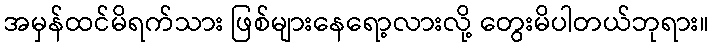
အမှန်ထင်မိရက်သား ဖြစ်များနေရော့လားလို့ တွေးမိပါတယ်ဘုရား။